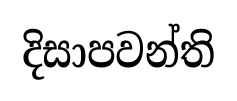
දිසාපවන්ති